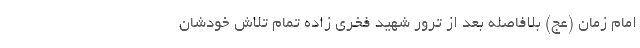
امام زمان (عج) بلافاصله بعد از ترور شهید فخری زاده تمام تلاش خودشان